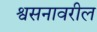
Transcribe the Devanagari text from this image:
श्वसनावरील